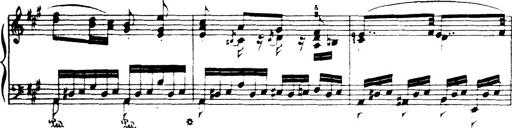
Title: Wagner-Liszt Album
Composer: Franz Liszt